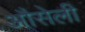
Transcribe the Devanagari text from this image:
औसेली